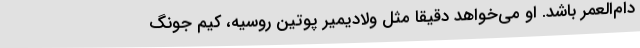
دام‌العمر باشد. او می‌خواهد دقیقاً مثل ولادیمیر پوتین روسیه، کیم جونگ